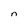
Character: n